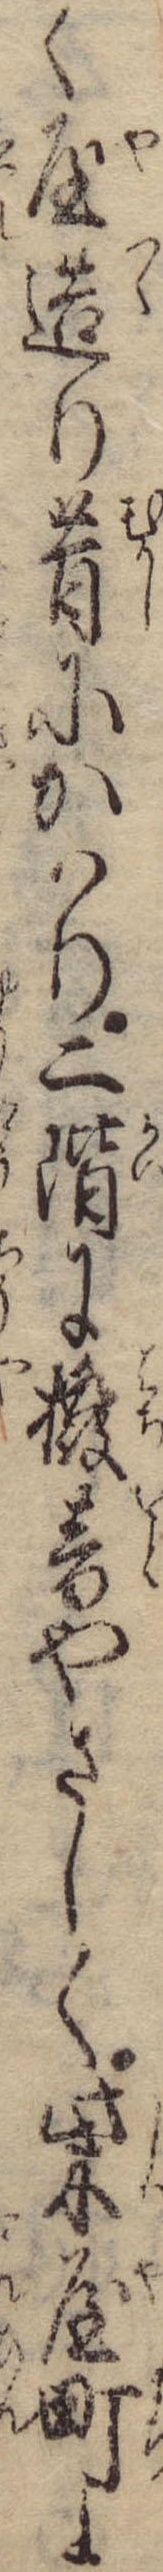
く屋造り昔にかはり二階に撥音やさしく柴屋町よ